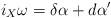
LaTeX: \begin{gather*}i_X\omega = \delta\alpha +d\alpha'\end{gather*}